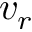
v _ { r }